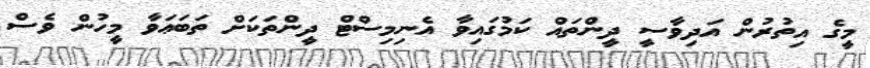
މީގެ އިތުރުން އަދިވާސީ ދީންތައް ކަމުގައިވާ އެނިމިސްޓް ދީންތަކަށް ތަބަޢަވާ މީހުން ވެސް